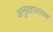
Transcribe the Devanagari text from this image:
अनुग्रहपरायण